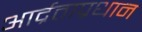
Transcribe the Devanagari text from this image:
आर्द्रताप्रधान